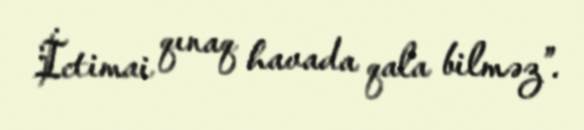
İctimai qınaq havada qala bilməz”.